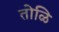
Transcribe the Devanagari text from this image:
तोळि